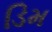
ડિમ